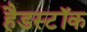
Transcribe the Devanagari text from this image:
हैडस्टॉक